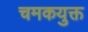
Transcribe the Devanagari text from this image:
चमकयुक्त